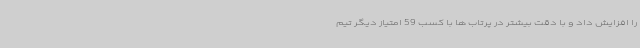
را افزایش داد و با دقت بیشتر در پرتاب ها با کسب 59 امتیاز دیگر تیم